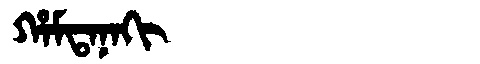
Manchu: ᡥᠠᠮᡨᠠᠨᠠᡴᡳ
Romanization: HAMTANAKI